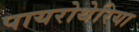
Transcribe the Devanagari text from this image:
पायरोथेरिया